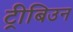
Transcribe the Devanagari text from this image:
ट्रीबिउन